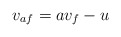
\begin{align*}v_{af} = av_f -u\end{align*}